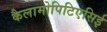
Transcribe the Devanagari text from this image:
कैलामोपिटिएसिई